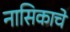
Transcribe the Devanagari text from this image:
नासिकाचे